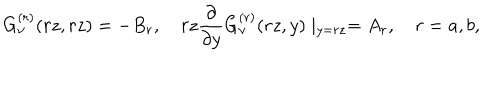
LaTeX: G _ { \nu } ^ { ( r ) } ( r z , r z ) = - B _ { r } , \quad r z \frac { \partial } { \partial y } G _ { \nu } ^ { ( r ) } ( r z , y ) \mid _ { y = r z } = A _ { r } , \quad r = a , b ,